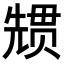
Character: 𭀳